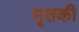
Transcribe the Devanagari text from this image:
मृतकी